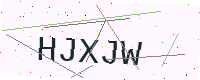
Text: HJXJW